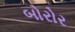
બોરોર